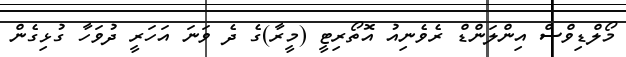
މޯލްޑިވްސް އިންލަންޑް ރެވެނިއު އޮތޯރިޓީ (މީރާ)ގެ ދެ ވަނަ އަހަރީ ދުވަހާ ގުޅިގެން